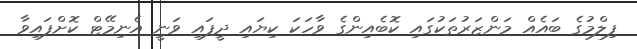
ފިލްމުގެ ބައެއް މަންޒަރުތަކުގައި ކޮބެއިންގެ ވާހަކަ ކިޔައި ދީފައި ވަނީ އެނިމޭޓް ކޮށްފައިވާ